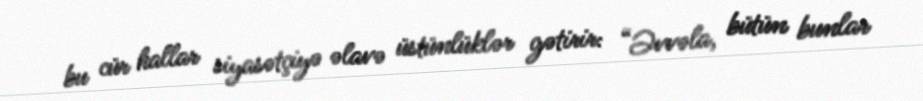
bu cür hallar siyasətçiyə əlavə üstünlüklər gətirir: “Əvvəla, bütün bunlar